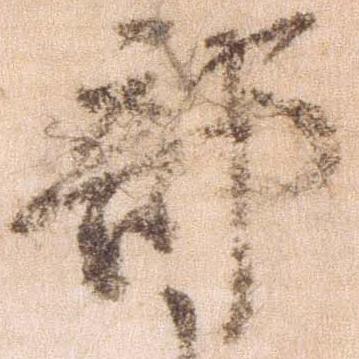
部